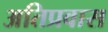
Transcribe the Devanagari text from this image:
अतिप्रवास